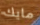
مايك